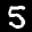
Label: 5